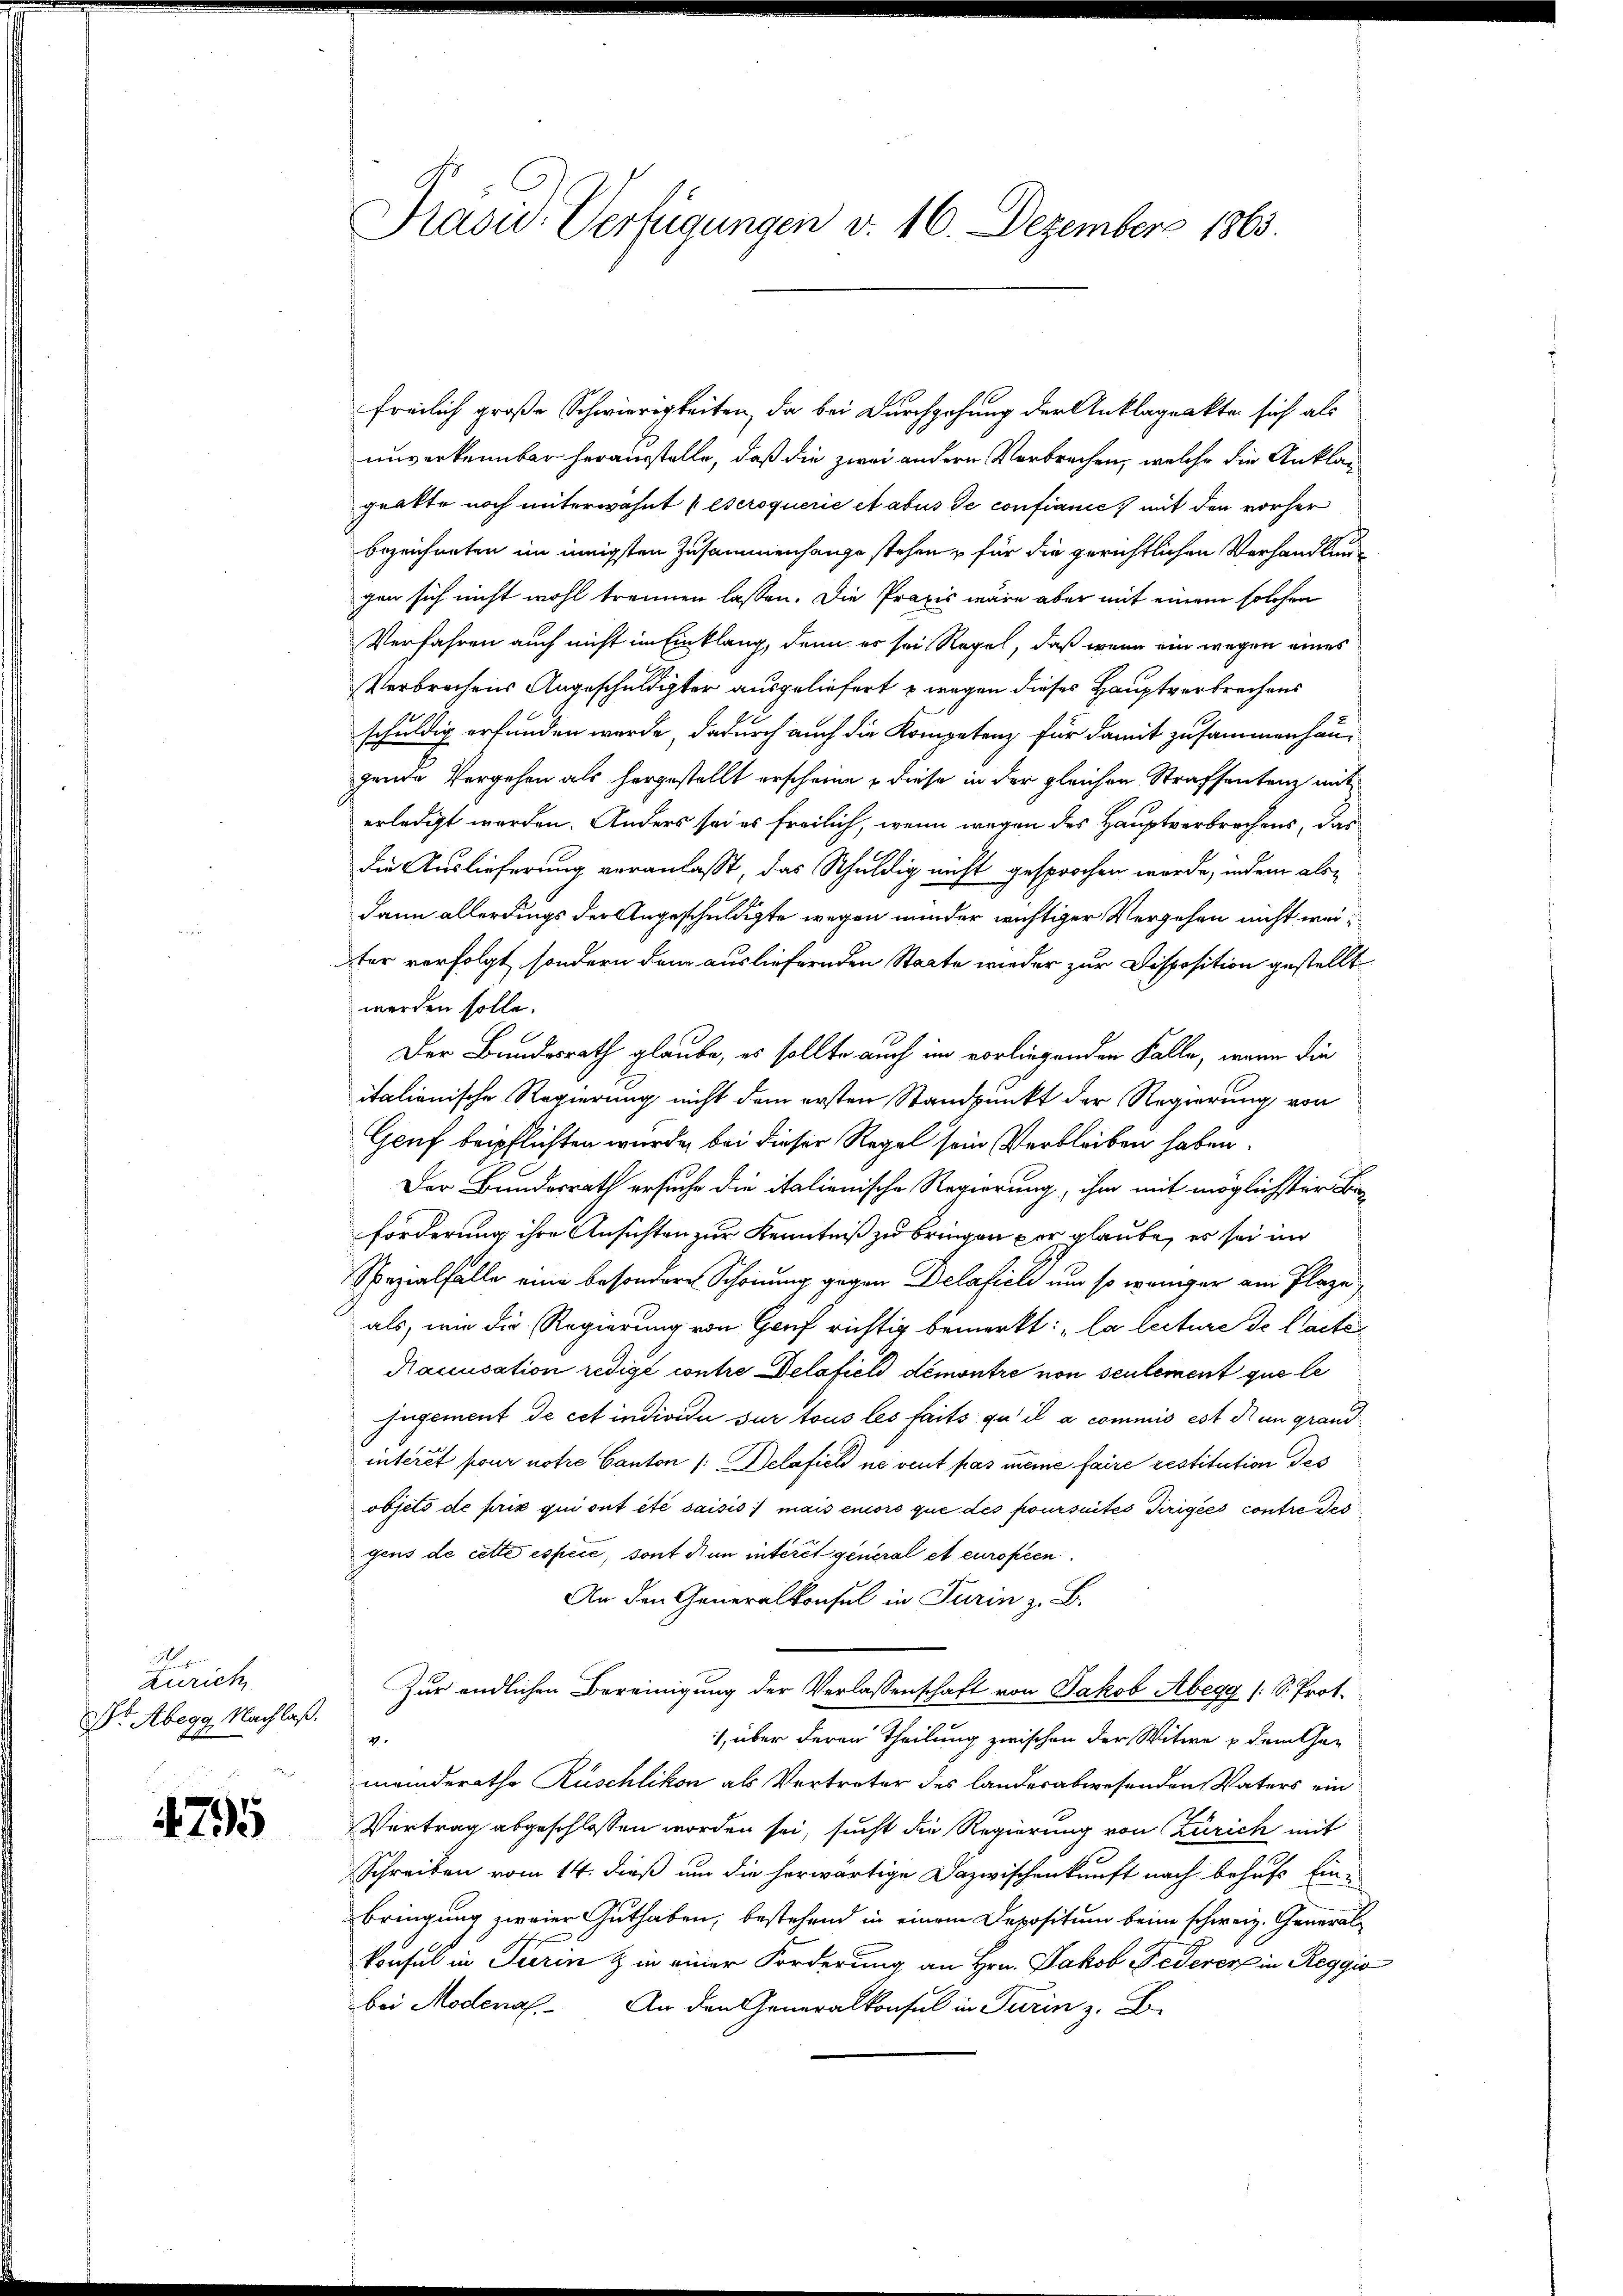
2
Zürich
Dr. Abegg, Nachlaß.

4795

Präsid. Verfügungen v. 16. Dezember 1863.

freilich große Schwierigkeiten, da bei Durchgehung der Anklageakte sich als
unverkennbar herausstelle, daß die zwei andern Verbrechen, welche die Anklageakte noch unterwähnt (Escroquerie et abus de confianić, mit den vorher
bezeichneten im innigsten Zusammenhange stehen u für die gerichtlichen Verhandlungen sich nicht wohl trennen lassen. Die Praxis wäre aber mit einem solchen
Verfahren auch nicht im Einklang, denn er sei Regel, daß wenn ein wegen eines
Verbrechens Angeschuldigter ausgeliefert u. wegen dieses Hauptverbrechens
schuldig erfunden werde, dadurch auch die Kompetenz für damit zusammenhaugende Vergehen als hergestellt erscheine diese in der gleichen Strafsentenz mit
erledigt werden. Anders sei es freilich, wenn wegen des Hauptverbrechens, das
die Auslieferung veranlasst, das Schuldig nicht gesprochen werde, indem als
dann allerdings der Angeschuldigte wegen minder wichtiger Vergehen nicht weiter verfolgt, sondern dann ausliefernden Staate wieder zur Disposition gestellt
werden solle.
Der Bundesrath glaube, es sollte auch im vorliegenden Falle, wenn die
italienische Regierung nicht dem ersten Standpunkt der Regierung von
Geuf beipflichten wurde, bei dieser Regel sein Verbleiben haben.
Der Bundesrath ersuche die italienische Regierung, ihm mit möglichster Beforderung ihre Ansichten zur Kenntniß zu bringen per glaube, es sei im
Spezialfalle eine besondere Schonung gegen Delafiel um so weniger am Plaze
als, wie die Regierung von Gouf richtig bemerkt: „la lecture de l’acte
Naccusation rédigé contre Delafield demontre von seulement que le
fugement de cet individu sur tous les faits qu’il a commis est nun grandinterit pour notre Canton /: Delafich ne veut pas meine faire restitution des
objets de prix qui ont été saisis :/ mais encore que des poursuites Dirigées contre des
gens de cette espèce, sont Nun interet general et europeen¬
An den Generalkonsul in Turin z. B.
Zur endlichen Bereinigung der Verlassenschaft von Jakob Abegg (S. Prot.
), über deren Theilung zwischen der Witwe u dem Ge¬
V.
meinderathe Rüschlikon als Vertreter des landesabwesenden Vaters ein
Vertrag abgeschlossen worden sei, sucht die Regierung von Zürich mit
Schreiben vom 14. dieß um die herwärtige Dazwischenkunft nach behufs Einbringung zweier Guthaben, bestehend in einem Depositum beim schweiz. Generalkonsul in Turin & in einer Forderung an Hrn. Jakob Federer in Reggio
bei Modenal. An den Generalkonsul in Turin z. B.